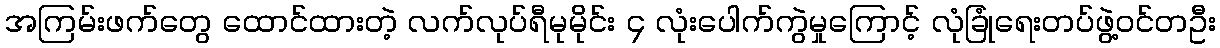
အကြမ်းဖက်တွေ ထောင်ထားတဲ့ လက်လုပ်ရီမုမိုင်း ၄ လုံးပေါက်ကွဲမှုကြောင့် လုံခြုံရေးတပ်ဖွဲ့ဝင်တဦး